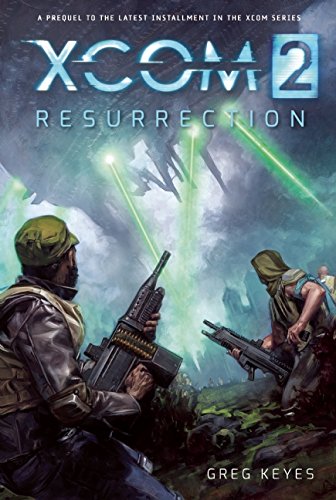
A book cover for XCOM 2: Resurrection; Greg Keyes; Science Fiction & Fantasy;